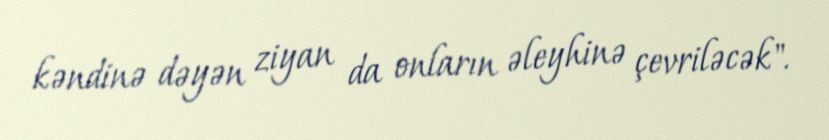
kəndinə dəyən ziyan da onların əleyhinə çevriləcək".